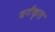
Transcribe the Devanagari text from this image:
वर्गकृत